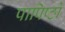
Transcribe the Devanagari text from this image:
पापिष्ठो